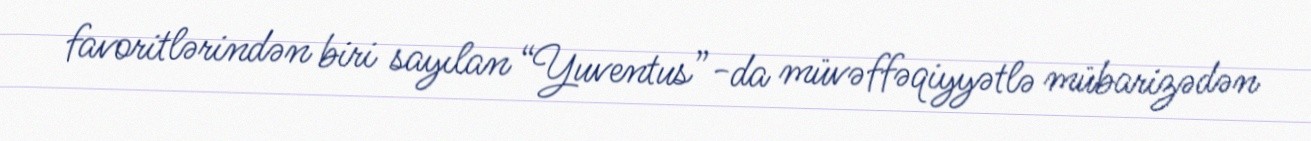
favoritlərindən biri sayılan “Yuventus”-da müvəffəqiyyətlə mübarizədən